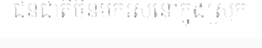
ជនជាតិចិនមករស់នៅក្នុងស្រុក